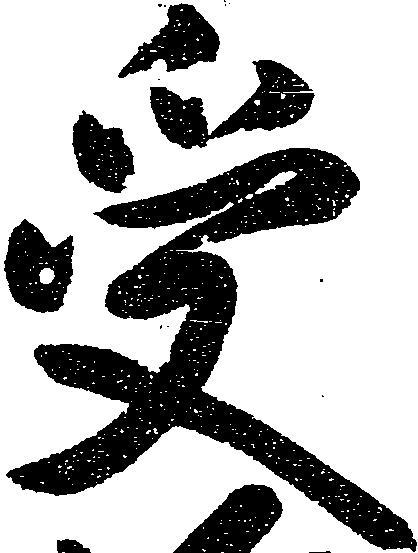
受